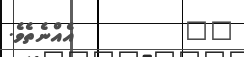
٢٢         އެއްނެތެވެ.